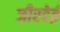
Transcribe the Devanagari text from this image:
जीरदेई